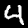
Label: 4